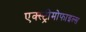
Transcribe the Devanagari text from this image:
एक्स्ट्रीमोफाइल्स